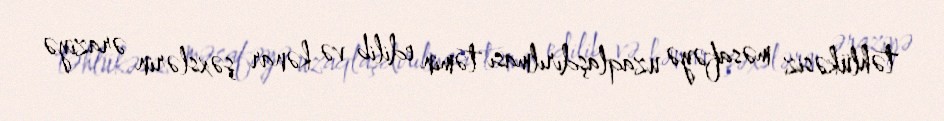
təhlükəsiz məsafəyə uzaqlaşdırılması təmin edilib və kənar şəxslərin əraziyə